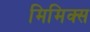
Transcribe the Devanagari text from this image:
मिमिक्स